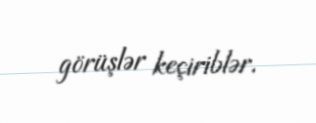
görüşlər keçiriblər.